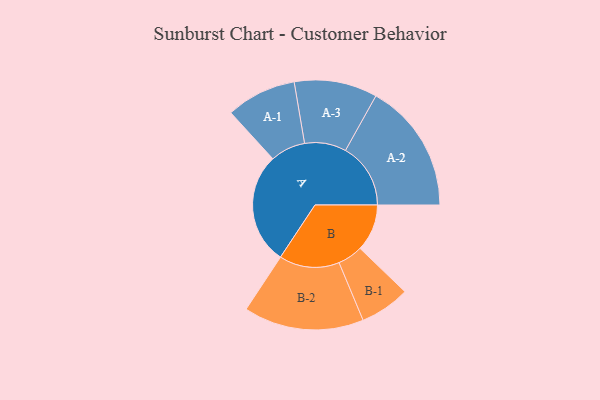
{"axis": {"x": "Segment", "y": "Value"}, "legend": ["", "A", "B"], "data": [{"x": "A", "y": 467, "type": ""}, {"x": "B", "y": 197, "type": ""}, {"x": "A-1", "y": 147, "type": "A"}, {"x": "A-2", "y": 273, "type": "A"}, {"x": "A-3", "y": 174, "type": "A"}, {"x": "B-1", "y": 105, "type": "B"}, {"x": "B-2", "y": 252, "type": "B"}]}